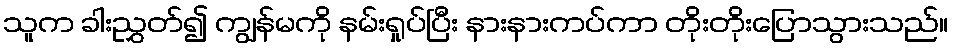
သူက ခါးညွှတ်၍ ကျွန်မကို နမ်းရှုပ်ပြီး နားနားကပ်ကာ တိုးတိုးပြောသွားသည်။